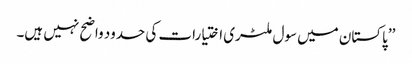
’’پاکستان میں سول ملٹری اختیارات کی حدود واضح نہیں ہیں۔